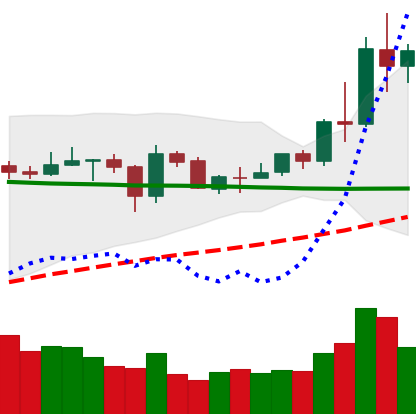
Ticker: NEO-USD
Chart end date: 2020-06-03
Forward return: -5.892%
Label: down_5_7